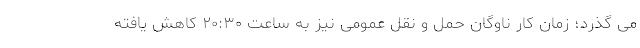
می گذرد؛ زمان کار ناوگان حمل و نقل عمومی نیز به ساعت ۲۰:۳۰ کاهش یافته